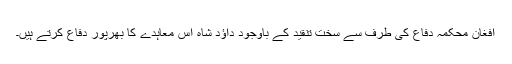
افغان محکمہ دفاع کی طرف سے سخت تنقید کے باوجود داؤد شاہ اس معاہدے کا بھرپور دفاع کرتے ہیں۔